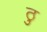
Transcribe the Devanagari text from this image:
ठु